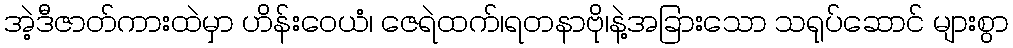
အဲ့ဒီဇာတ်ကားထဲမှာ ဟိန်းဝေယံ၊ ဇေရဲထက်၊ရတနာဗို၊နဲ့အခြားသော သရုပ်ဆောင် များစွာ